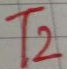
Text: T2